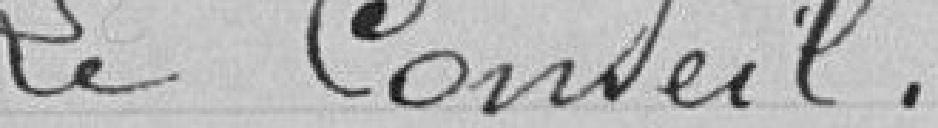
Le Conseil,